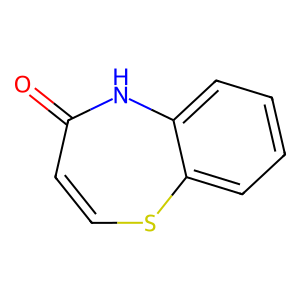
SMILES: O=C1C=CSc2ccccc2N1
Inhibits HIV replication: No